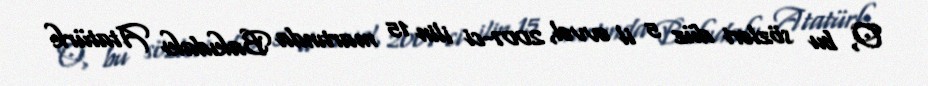
O, bu sözləri düz 5 il əvvəl, 2007-ci ilin 15 martında Bakıdakı Atatürk